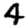
Digit: 4